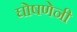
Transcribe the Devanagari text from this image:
घोषणेनी